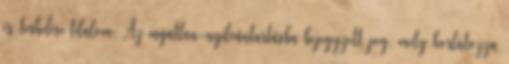
és terhelési tilalom: Az ingatlan-nyilvántartásba bejegyzett jog, mely korlátozza